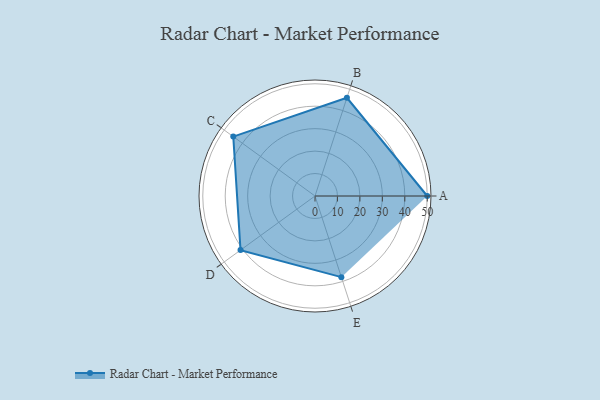
{"axis": {"x": "Skill", "y": "Score"}, "legend": ["Profile"], "data": [{"x": "A", "y": 50.0, "type": "Profile"}, {"x": "B", "y": 46.0, "type": "Profile"}, {"x": "C", "y": 45.0, "type": "Profile"}, {"x": "D", "y": 41.0, "type": "Profile"}, {"x": "E", "y": 38.0, "type": "Profile"}]}